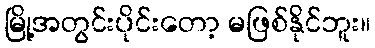
မြို့အတွင်းပိုင်းတော့ မဖြစ်နိုင်ဘူး။